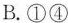
取缔落后文化④坚持经济效益与社会效益统一，做